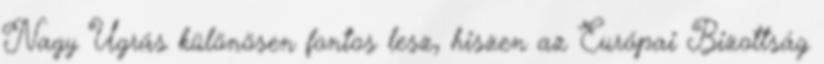
Nagy Ugrás különösen fontos lesz, hiszen az Európai Bizottság